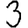
Digit: 3